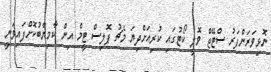
ނޮޅިވަރަންފަރު ސްޓޭޖް ވޮލީ ކޯޓުގައި ކުރިއަށްދިޔަ މެޗު ޕޮލިސް ޓީމް އިން ކާމިޔާބުކޮށްފައިވަނީ